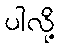
ပါလို့